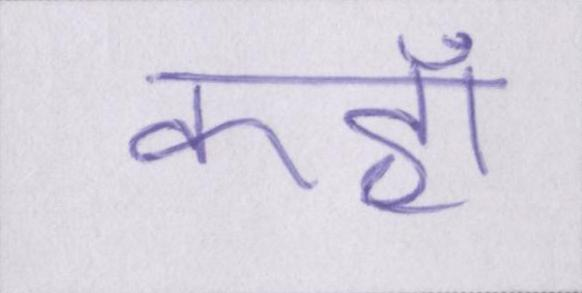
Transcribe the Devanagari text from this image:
कहॉं